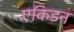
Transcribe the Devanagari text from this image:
एकिडन